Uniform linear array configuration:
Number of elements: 48
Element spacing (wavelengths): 0.25
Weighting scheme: hamming
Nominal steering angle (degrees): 15
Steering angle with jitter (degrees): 14.107
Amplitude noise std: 0.05
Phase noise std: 0.05

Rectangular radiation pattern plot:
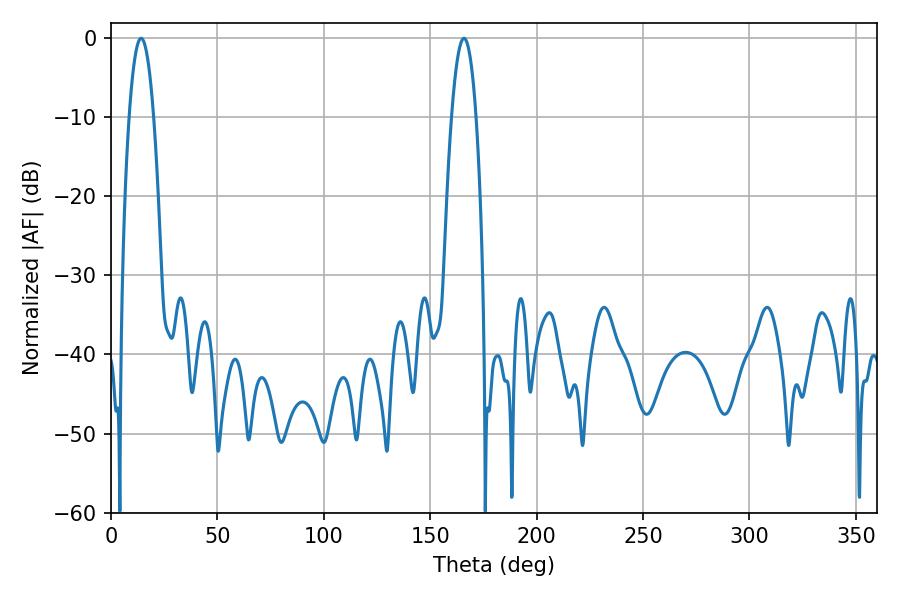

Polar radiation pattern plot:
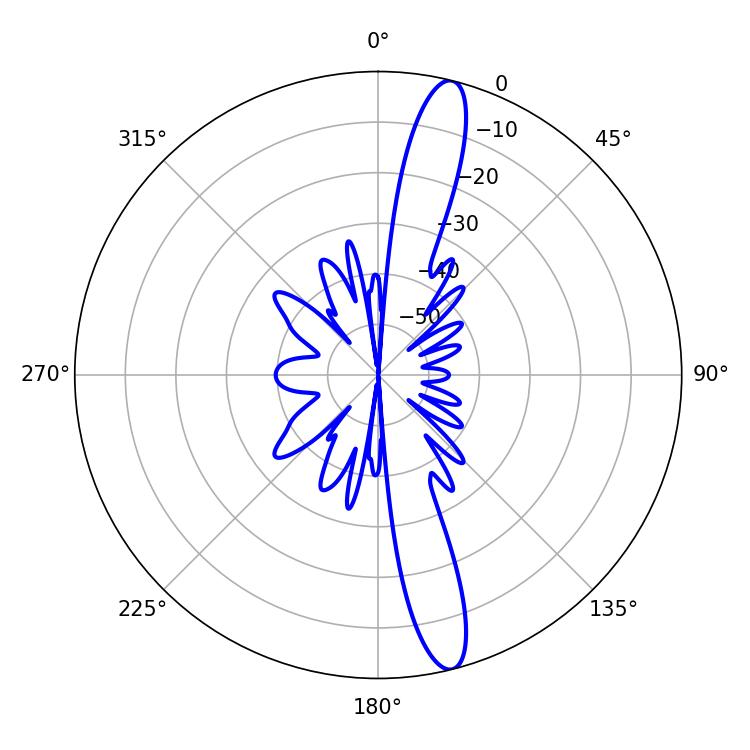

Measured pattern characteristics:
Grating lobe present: FALSE
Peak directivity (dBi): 15.334
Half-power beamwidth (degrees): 6.3
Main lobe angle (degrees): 14.22